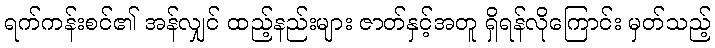
ရက်ကန်းစင်၏ အန်လျှင် ထည့်နည်းများ ဇာတ်နှင့်အတူ ရှိရန်လိုကြောင်း မှတ်သည့်